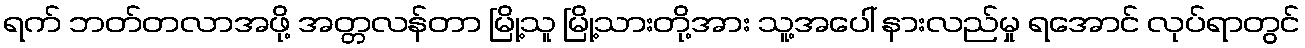
ရက် ဘတ်တလာအဖို့ အတ္တလန်တာ မြို့သူ မြို့သားတို့အား သူ့အပေါ် နားလည်မှု ရအောင် လုပ်ရာတွင်